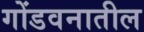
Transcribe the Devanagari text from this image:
गोंडवनातील